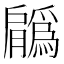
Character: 𦢳